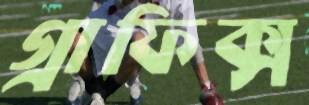
গ্রাফিক্স